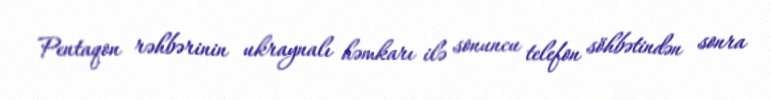
Pentaqon rəhbərinin ukraynalı həmkarı ilə sonuncu telefon söhbətindən sonra